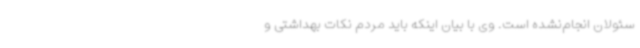
سئولان انجام‌نشده است. وی با بیان اینکه باید مردم نکات بهداشتی و